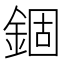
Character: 錮